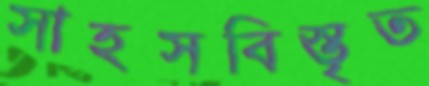
সাহসবিস্তৃত